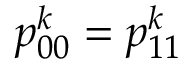
p _ { 0 0 } ^ { k } = p _ { 1 1 } ^ { k }